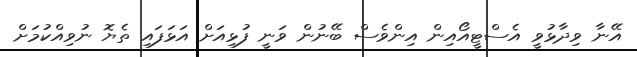
އޭނާ ވިދާޅުވީ އެސްޓީއޯއިން އިންވެސް ބޭނުން ވަނީ ފުޅިއަށް އަޅަފައި ތެޔޮ ނުވިއްކުމަށް